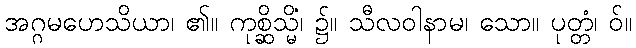
အဂ္ဂမဟေသိယာ၊ ၏။ ကုစ္ဆိသ္မိံ၊ ၌။ သီလဝါနာမ၊ သော။ ပုတ္တံ၊ ဝ်။